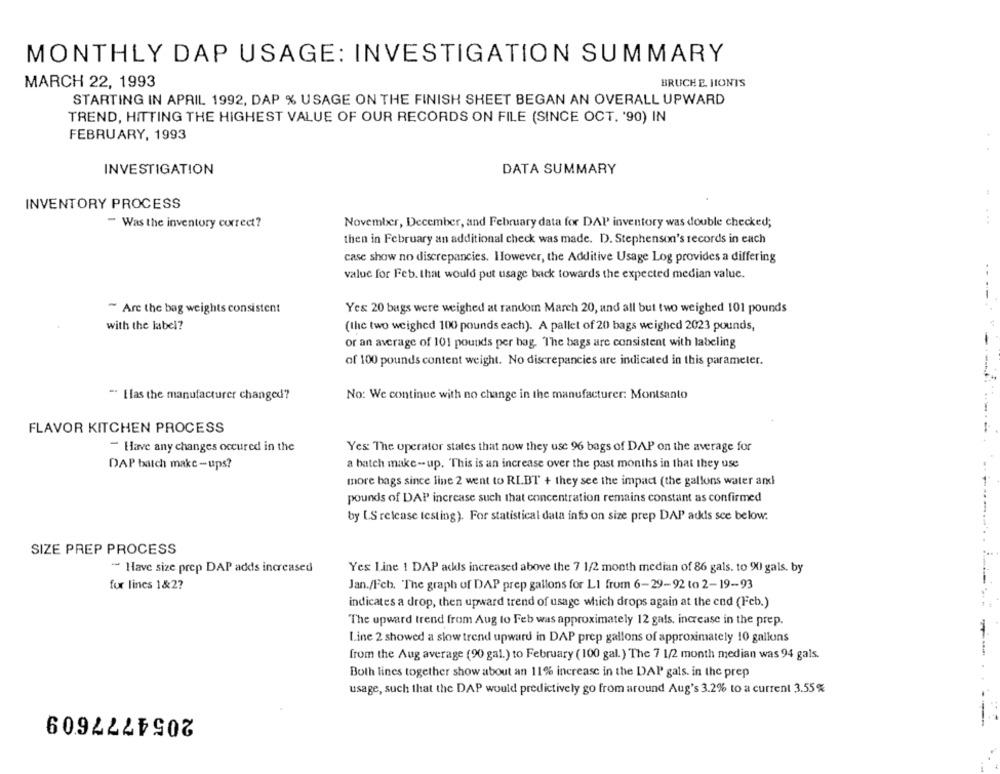
MONTHLY DAP USAGE: INVESTIGATION SUMMARY
MARCH 22, 1993
BRUCHE. HONIS
STARTING IN APRIL 1992, DAP % USAGE ON THE FINISH SHEET BEGAN AN OVERALL UPWARD
TREND, HITTING THE HIGHEST VALUE OF OUR RECORDS ON FILE (SINCE OCT. '90) IN
FEBRUARY, 1993
INVESTIGATION
DATA SUMMARY
INVENTORY PROCESS
- Was the inventory correct?
November, December, and February data for DAP inventory was double checked;
then in February an additional check was made. D. Stephenson's records in each
case show no discrepancies. However, the Additive Usage Log provides a differing
value for Feb. that would put usage back towards the expected median value.
~ Are the bag weights consistent
Yes 20 bags were weighed at random March 20, and all but two weighed 101 pounds
with the label?
(the two weighed 100 pounds each). A pallet of 20 bags weighed 2023 pounds,
or an average of 101 pounds per bag. The bags are consistent with labeling
of 100 pounds content weight. No discrepancies are indicated in this parameter.
-----
No: We continue with no change in the manufacturer: Montsanto
-. Elas the manufacturer changed?
FLAVOR KITCHEN PROCESS
- Have any changes occured in the
Yes The operator states that now they use 96 bags of DAP on the average for
a batch make- up. This is an increase over the past months in that they use
DAP batch make-ups?
more bags since line 2 went to RIBT + they see the impact (the gallons water and
pounds of DAP increase such that concentration remains constant as confirmed
by [.S release testing). For statistical data info on size prep DAP adds sce below:
SIZE PREP PROCESS
- Have size prep DAP adds increased
Yes Line 1 DAP adds increased above the 7 1/2 month median of 86 gals. to 90) gals. by
for lines 1&2?
Jan./Fch. "The graph of DAP prep gallons for LI from 6-29-92 to 2-19-93
indicates a drop, then upward trend of usage which drops again at the end (Feb.)
The upward trend from Aug to Feb was approximately 12 gals, increase in the prep.
Line 2 showed a slow trend upward in DAP prep gallons of approximately 10 gallons
from the Aug average (90 gal.) to February (100 gal.) The 7 1/2 month median was 94 gals.
--.
Both lines together show about an 11% increase in the DAP gals. in the prep
usage, such that the DAP would predictively go from around Aug's 3.2% to a current 3.55%
2054777609